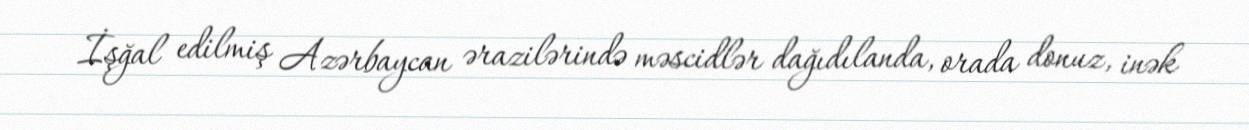
İşğal edilmiş Azərbaycan ərazilərində məscidlər dağıdılanda, orada donuz, inək